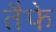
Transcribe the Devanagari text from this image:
तैफे